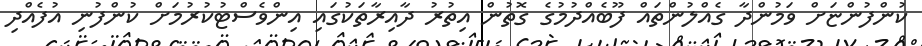
ކުންފުންޏަށް ވަމުންދާ ގެއްލުންތައް ފޫބެއްދުމުގެ ގޮތުން އިތުރު ދާއިރާތަކުގައި އިންވެސްޓުކުރުމަށް ކުންފުނި އުފެއްދި